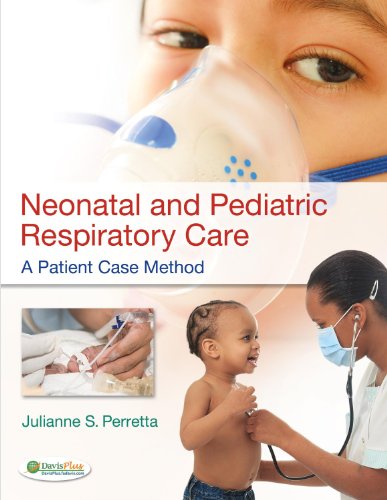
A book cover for Neonatal and Pediatric Respiratory Care: A Patient Case Method; Julianne Perretta MSEd  RRT-NPS; Medical Books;